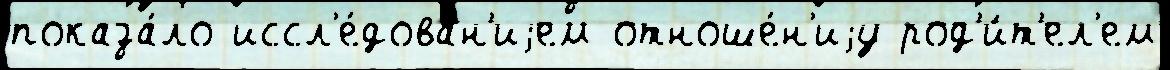
показа́ло иссл'е́дован'иjем отноше́н'иjу род'и́т'ел'ем